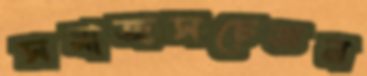
সমাজসচেতন